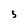
Character: 5